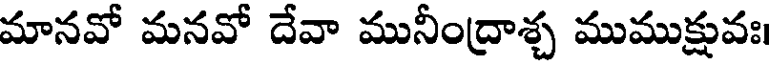
మానవో మనవో దేవా మునీంద్రాశ్చ ముముక్షువః।